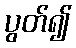
ပွတ်၍